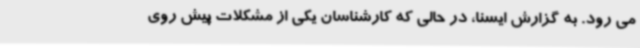
می رود. به گزارش ایسنا، در حالی که کارشناسان یکی از مشکلات پیش روی